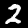
Digit: 2